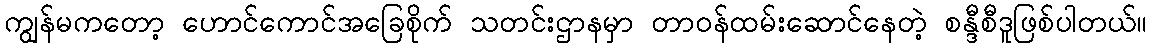
ကျွန်မကတော့ ဟောင်ကောင်အခြေစိုက် သတင်းဌာနမှာ တာဝန်ထမ်းဆောင်နေတဲ့ စန္ဒီစီဒူဖြစ်ပါတယ်။